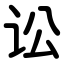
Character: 讼